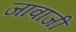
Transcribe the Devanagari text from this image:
जावाजी